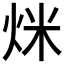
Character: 𤇿